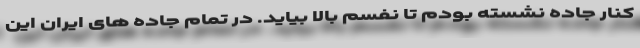
کنار جاده نشسته بودم تا نفسم بالا بیاید. در تمام جاده های ایران این